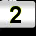
Digit: 2